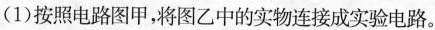
(1)按照电路图甲,将图乙中的实物连接成实验电路。